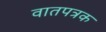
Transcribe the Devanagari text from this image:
वातपत्रक